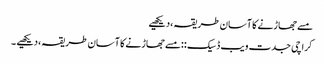
مسے جھاڑنے کا آسان طریقہ ،دیکھیے
کراچی جدت ویب ڈسیک ::مسے جھاڑنے کا آسان طریقہ ،دیکھیے ۔